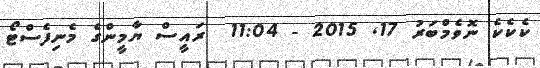
ކެކެކެ ނޮވެމްބަރު 17